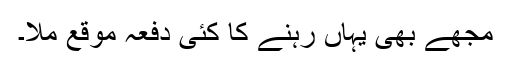
مجھے بھی یہاں رہنے کا کئی دفعہ موقع ملا۔